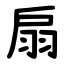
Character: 扇